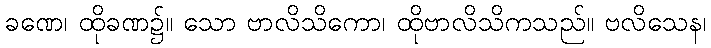
ခဏေ၊ ထိုခဏ၌။ သော ဗာလိသိကော၊ ထိုဗာလိသိကသည်။ ဗလိသေန၊